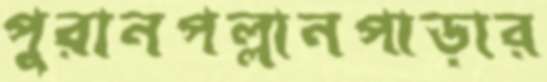
পুরানপল্লানপাড়ার